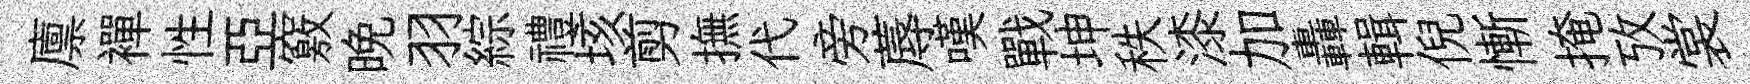
廪襌性亞竅晚羽綜禮垓剪撫代旁蓐嘆戰坤秩漆加轟輯倪慚掩攷裳